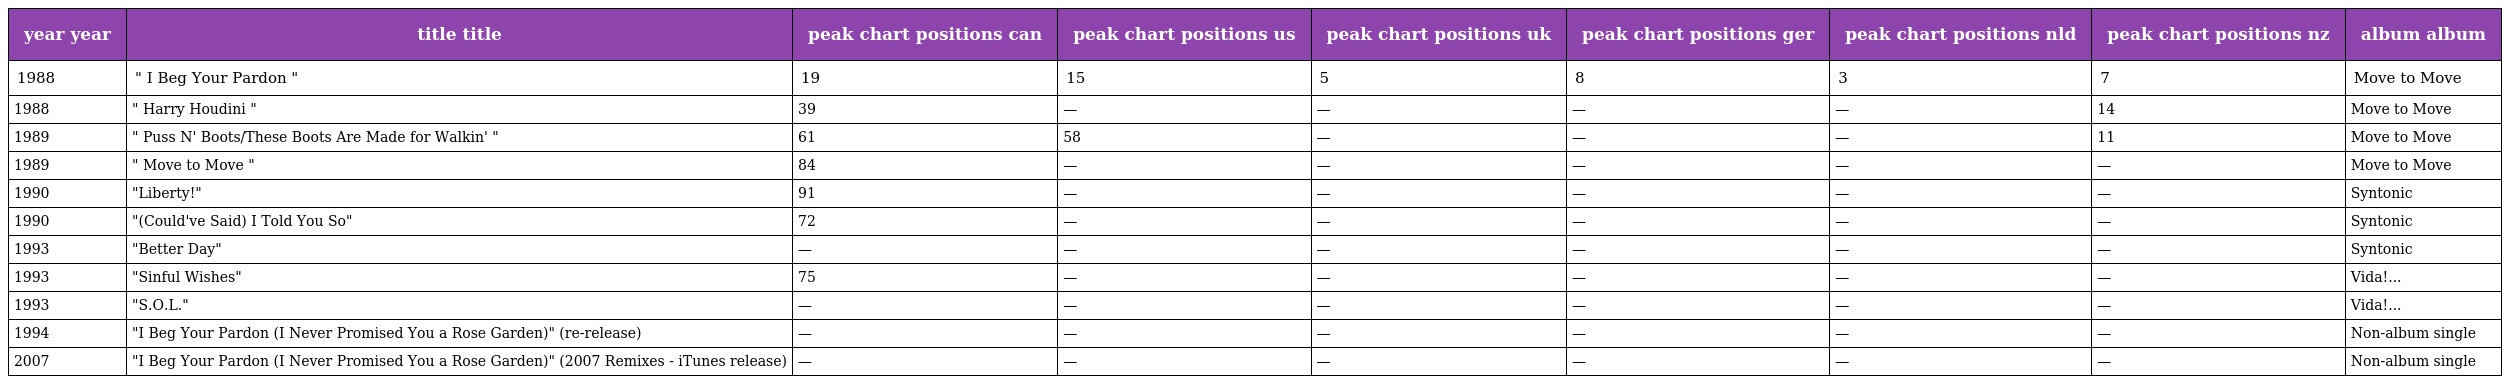
| year year | title title | peak chart positions can | peak chart positions us | peak chart positions uk | peak chart positions ger | peak chart positions nld | peak chart positions nz | album album |
 | --- | --- | --- | --- | --- | --- | --- | --- | --- |
 | 1988 | " I Beg Your Pardon " | 19 | 15 | 5 | 8 | 3 | 7 | Move to Move |
 | 1988 | " Harry Houdini " | 39 | — | — | — | — | 14 | Move to Move |
 | 1989 | " Puss N' Boots/These Boots Are Made for Walkin' " | 61 | 58 | — | — | — | 11 | Move to Move |
 | 1989 | " Move to Move " | 84 | — | — | — | — | — | Move to Move |
 | 1990 | "Liberty!" | 91 | — | — | — | — | — | Syntonic |
 | 1990 | "(Could've Said) I Told You So" | 72 | — | — | — | — | — | Syntonic |
 | 1993 | "Better Day" | — | — | — | — | — | — | Syntonic |
 | 1993 | "Sinful Wishes" | 75 | — | — | — | — | — | Vida!... |
 | 1993 | "S.O.L." | — | — | — | — | — | — | Vida!... |
 | 1994 | "I Beg Your Pardon (I Never Promised You a Rose Garden)" (re-release) | — | — | — | — | — | — | Non-album single |
 | 2007 | "I Beg Your Pardon (I Never Promised You a Rose Garden)" (2007 Remixes - iTunes release) | — | — | — | — | — | — | Non-album single |